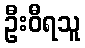
ဦးဝီရသူ